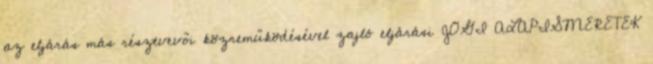
az eljárás más résztvevői közreműködésével zajló eljárási JOGI ALAPISMERETEK